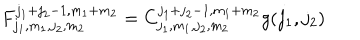
LaTeX: F _ { j _ { 1 } , m _ { 1 } , j _ { 2 } , m _ { 2 } } ^ { j _ { 1 } + j _ { 2 } - 1 , m _ { 1 } + m _ { 2 } } = C _ { j _ { 1 } , m _ { 1 } , j _ { 2 } , m _ { 2 } } ^ { j _ { 1 } + j _ { 2 } - 1 , m _ { 1 } + m _ { 2 } } g ( j _ { 1 } , j _ { 2 } )